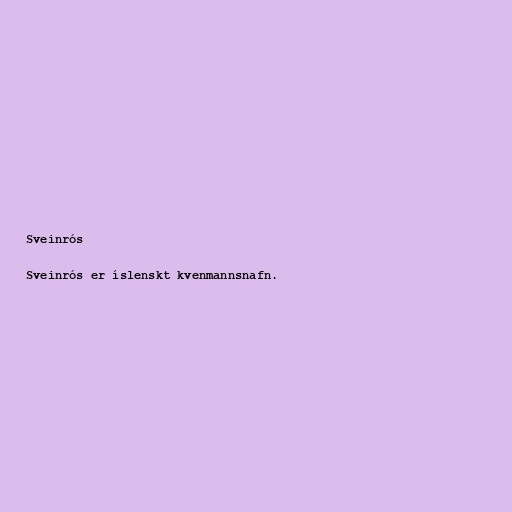
Sveinrós

Sveinrós er íslenskt kvenmannsnafn.